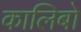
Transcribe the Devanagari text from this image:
कालिबो